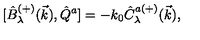
{ [ } \hat { B } _ { \lambda } ^ { ( + ) } ( \vec { k } ) , \hat { Q } ^ { a } ] = - k _ { 0 } \hat { C } _ { \lambda } ^ { a ( + ) } ( \vec { k } ) ,